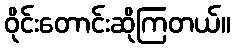
ဝိုင်းတောင်းဆိုကြတယ်။